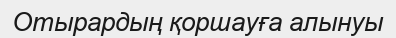
Отырардың қоршауға алынуы